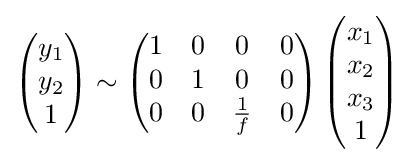
{\begin{pmatrix}y_{1}\\y_{2}\\1\end{pmatrix}}\sim {\begin{pmatrix}1&0&0&0\\0&1&0&0\\0&0&{\frac {1}{f}}&0\end{pmatrix}}\,{\begin{pmatrix}x_{1}\\x_{2}\\x_{3}\\1\end{pmatrix}}